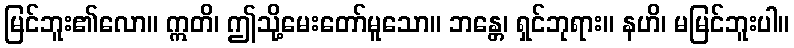
မြင်ဘူး၏လော။ ဣတိ၊ ဤသို့မေးတော်မူသော။ ဘန္တေ၊ ရှင်ဘုရား။ နဟိ၊ မမြင်ဘူးပါ။